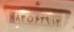
۸۳ن۶۴۹۱۲